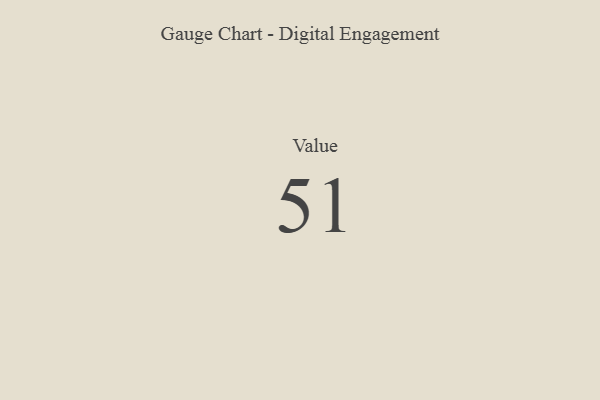
{"axis": {"x": "Metric", "y": "Value"}, "legend": [""], "data": [{"x": "Value", "y": 51, "type": ""}]}